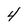
Character: 4